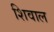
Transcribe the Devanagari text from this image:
शिवाल